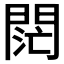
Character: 𨴤